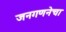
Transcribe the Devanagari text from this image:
जनगणनेचा